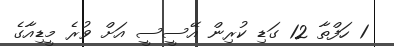
1 ހަފްތާ 12 ގަޑި ކުރިން އޭސީސީ އަށް ވުރެ މީޑިއާގެ